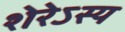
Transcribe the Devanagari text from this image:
शेरेऽस्य